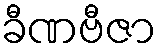
ခီဏဗီဇာ